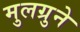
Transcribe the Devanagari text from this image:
मुलग्रुने